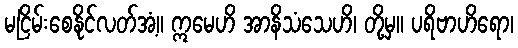
မငြိမ်းစေနိုင်လတ်အံ့။ ဣမေဟိ အာနိသံသေဟိ၊ တို့မှ။ ပရိဗာဟိရော၊